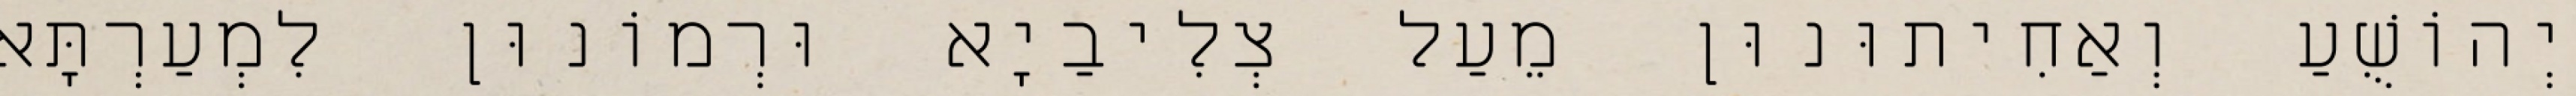
יְהוֹשֻׁעַ וְאַחִיתוּנוּן מֵעַל צְלִיבַיָא וּרְמוֹנוּן לִמְעַרְתָּא